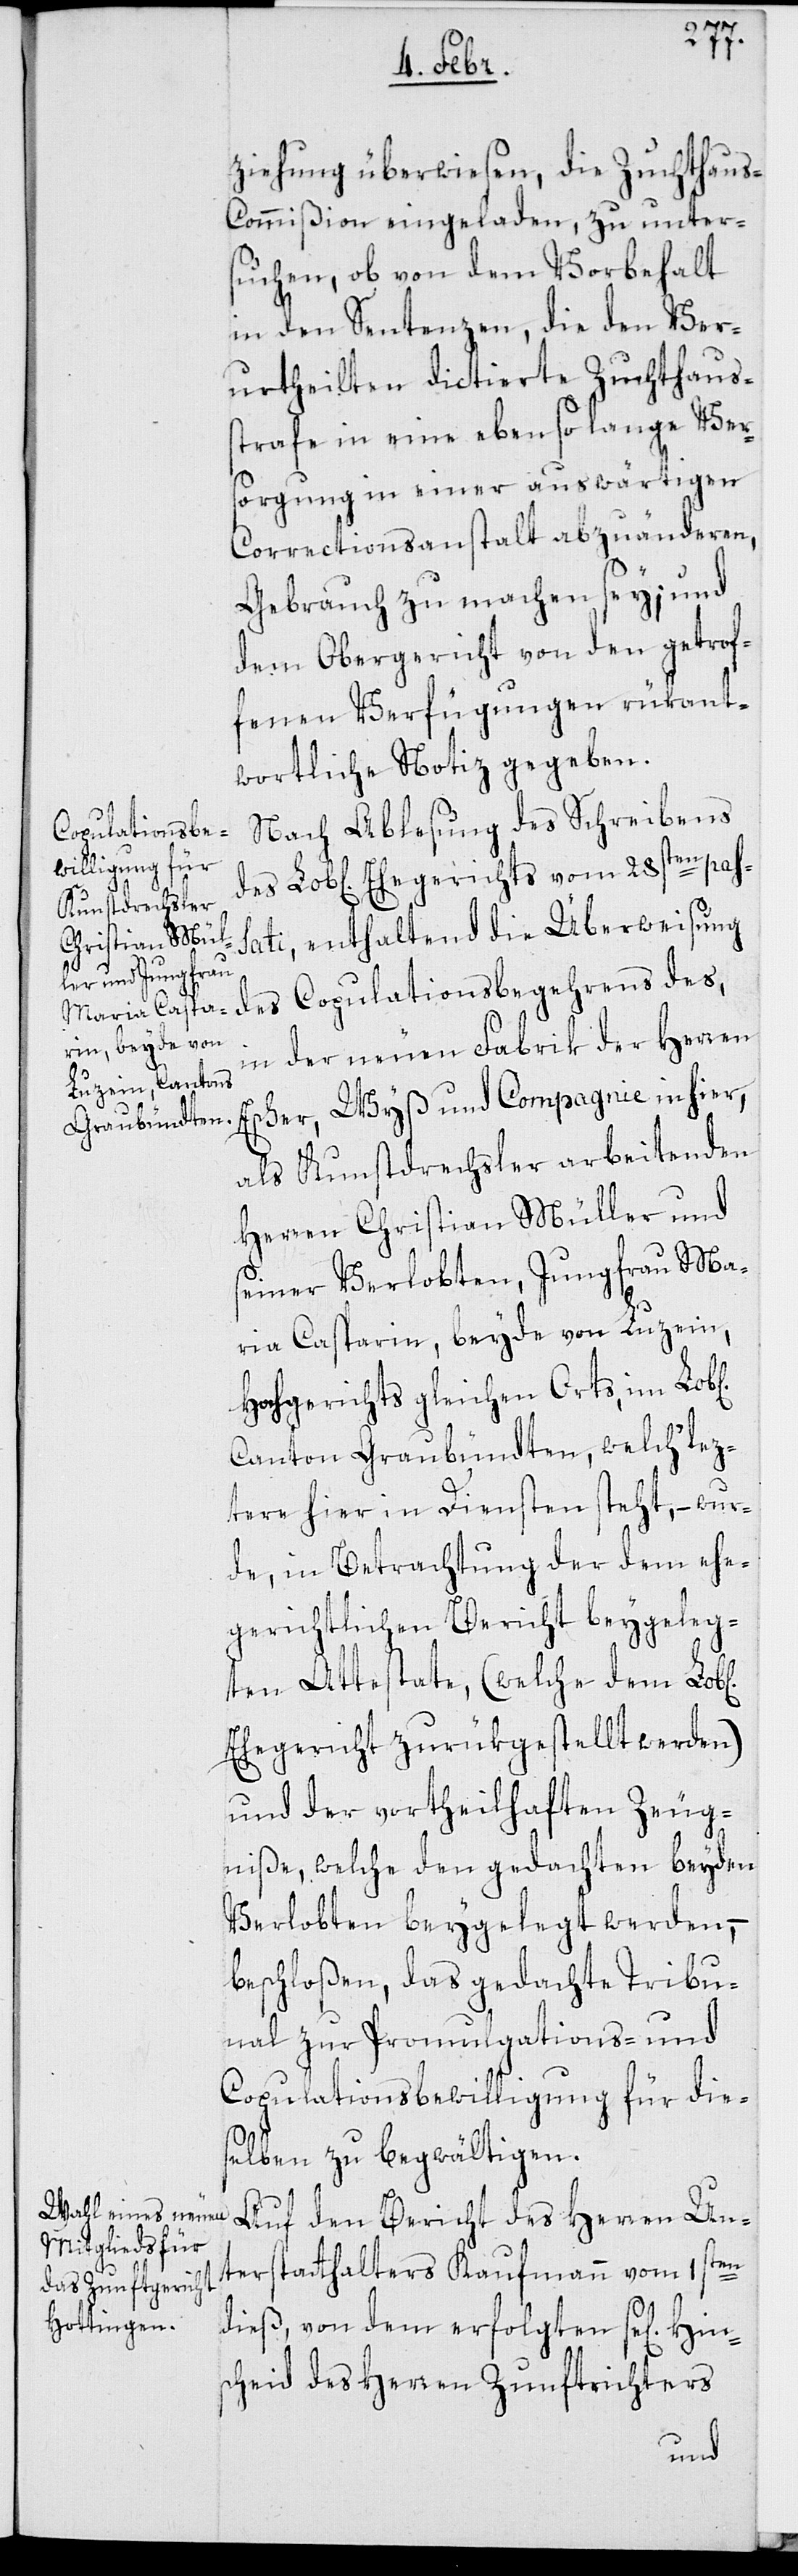
Hin¬

ziehung überwiesen, die Zuchthau¬
s-Commißion eingeladen, zu unter¬
suchen, ob von dem Vorbehalt
in den Sentenzen, die den Ver¬
urtheilten dictierte Zuchthaus¬
strafe in eine eben so lange Ver¬
sorgung in einer auswärtigen
Correctionsanstalt abzuänderen,
Gebrauch zu machen sey; und
dem Obergericht von den getrof¬
fenen Verfügungen rükant¬
wortliche Notiz gegeben.
Nach Ablesung des Schreibens
des Lob[lichen] Ehegerichts vom 28sten pass¬
ati, enthaltend die Überweisung
des Copulationsbegehrens des,
in der neuen Fabrik der Herren
Escher, Wyß und Compagnie in hier,
als Kunstdrechsler arbeitenden
Herren Christian Müller und
seiner Verlobten, Jungfrau Ma¬
ria Casparin, beyde von Luzein,
Hochgerichts gleichen Orts, im Lob[l¬
Canton Graubündten, welch’ lez¬
tere hier in Diensten steht, – wur¬
de, in Betrachtung der dem ehe¬
gerichtlichen Bericht beygeleg¬
ten Attestate, (welche dem Lob[l¬
Ehegericht zurükgestellt werden)
und der vortheilhaften Zeug¬
niße, welche den gedachten beyden
Verlobten beygelegt werden,
beschloßen, das gedachte Tribu¬
nal zur Promulgations- und
Copulationsbewilligung für die¬
selben zu begwältigen.
Auf den Bericht des Herren Un¬
terstatthalters Kaufmann vom 1sten
dieß, von dem erfolgten se[ligen]
scheid des Herren Zunftrichters